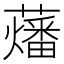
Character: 䕰